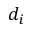
d _ { i }